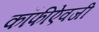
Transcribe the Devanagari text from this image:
कॉफीऐवजी